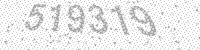
Solution: 519319